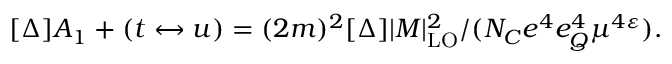
[ \Delta ] A _ { 1 } + ( t \leftrightarrow u ) = ( 2 m ) ^ { 2 } [ \Delta ] | M | _ { \mathrm { L O } } ^ { 2 } / ( N _ { C } e ^ { 4 } e _ { Q } ^ { 4 } \mu ^ { 4 \varepsilon } ) .